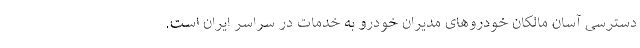
دسترسی آسان مالکان خودروهای مدیران خودرو به خدمات در سراسر ایران است.